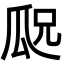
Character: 𬎢